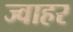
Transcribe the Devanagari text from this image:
ज्वाहर